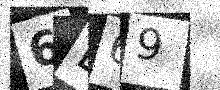
Text: 6L69